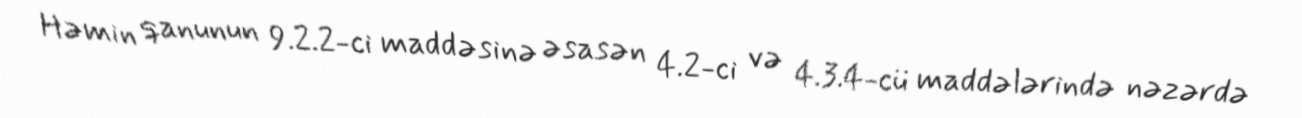
Həmin qanunun 9.2.2-ci maddəsinə əsasən 4.2-ci və 4.3.4-cü maddələrində nəzərdə